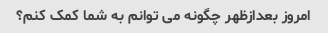
امروز بعدازظهر چگونه می توانم به شما کمک کنم؟